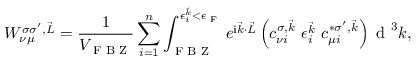
W _ { \nu \mu } ^ { \sigma \sigma ^ { \prime } , \vec { L } } = \frac { 1 } { V _ { \textrm { F B Z } } } \sum _ { i = 1 } ^ { n } \int _ { \textrm { F B Z } } ^ { \epsilon _ { i } ^ { \vec { k } } < \epsilon _ { \textrm { F } } } e ^ { \mathrm { i } \vec { k } \cdot \vec { L } } \left( c _ { \nu i } ^ { \sigma , \vec { k } } ~ \epsilon _ { i } ^ { \vec { k } } ~ c _ { \mu i } ^ { * \sigma ^ { \prime } , \vec { k } } \right) \textrm { d } ^ { 3 } k ,